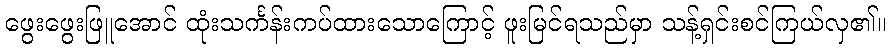
ဖွေးဖွေးဖြူအောင် ထုံးသင်္ကန်းကပ်ထားသောကြောင့် ဖူးမြင်ရသည်မှာ သန့်ရှင်းစင်ကြယ်လှ၏။